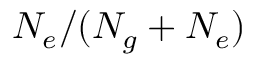
N _ { e } / ( N _ { g } + N _ { e } )